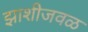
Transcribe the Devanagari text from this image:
झाशीजवळ